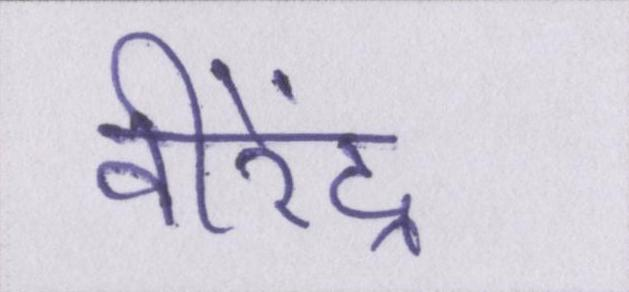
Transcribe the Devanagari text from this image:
वीरेंद्र